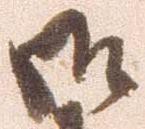
御